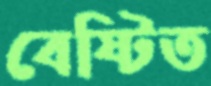
বেষ্টিত